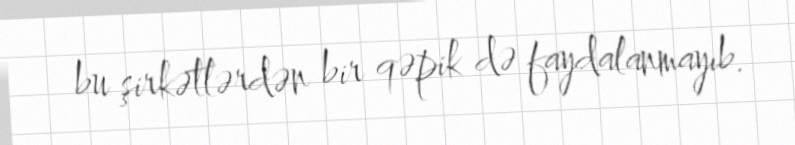
bu şirkətlərdən bir qəpik də faydalanmayıb.